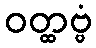
ဝတ္ထဗ္ဗံ